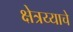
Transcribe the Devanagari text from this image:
क्षेत्रय्याचे